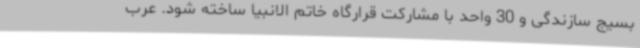
بسیج سازندگی و 30 واحد با مشارکت قرارگاه خاتم الانبیا ساخته شود. عرب